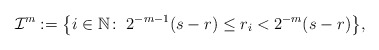
\begin{align*}\mathcal{I}^{m}:=\big\{i\in\mathbb{N}\colon\;2^{-m-1}(s-r)\leq r_{i}<2^{-m}(s-r) \big\}, \end{align*}